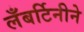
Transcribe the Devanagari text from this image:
लँबर्टिनीने